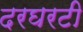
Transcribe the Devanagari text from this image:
दरघरटी